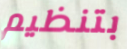
بتنظيم